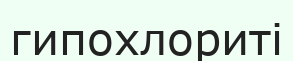
гипохлориті